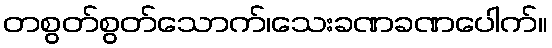
တစွတ်စွတ်သောက်၊သေးခဏခဏပေါက်။